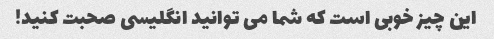
این چیز خوبی است که شما می توانید انگلیسی صحبت کنید!